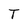
Character: T